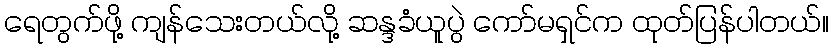
ရေတွက်ဖို့ ကျန်သေးတယ်လို့ ဆန္ဒခံယူပွဲ ကော်မရှင်က ထုတ်ပြန်ပါတယ်။